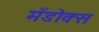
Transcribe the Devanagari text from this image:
मॅडोक्स